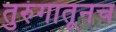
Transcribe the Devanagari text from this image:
तुरुंगातूनच